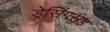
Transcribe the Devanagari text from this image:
ड्रेसिंगसह